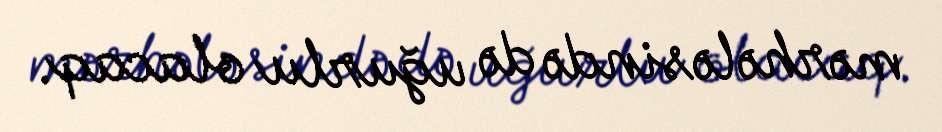
mərhələsində də uğurlu olacaq.